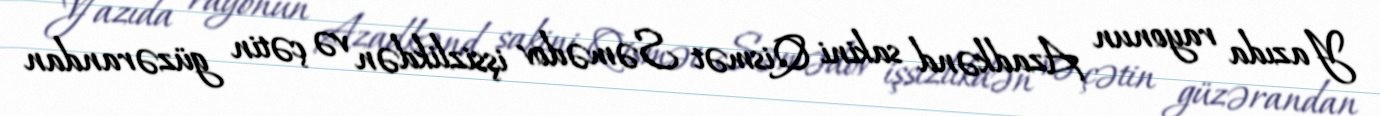
Yazıda rayonun Azadkənd sakini Qismət Səmədov işsizlikdən və çətin güzərandan